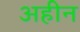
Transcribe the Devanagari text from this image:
अहीन